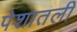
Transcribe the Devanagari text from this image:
पेशातली